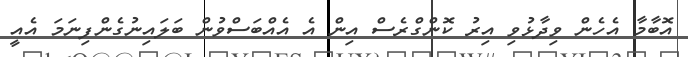
އޮބާމާ އެހެން ވިދާޅުވި އިރު ކޮންގްރެސް އިން އެ އެއްބަސްވުން ބަލައިނުގެންފިނަމަ އެއީ